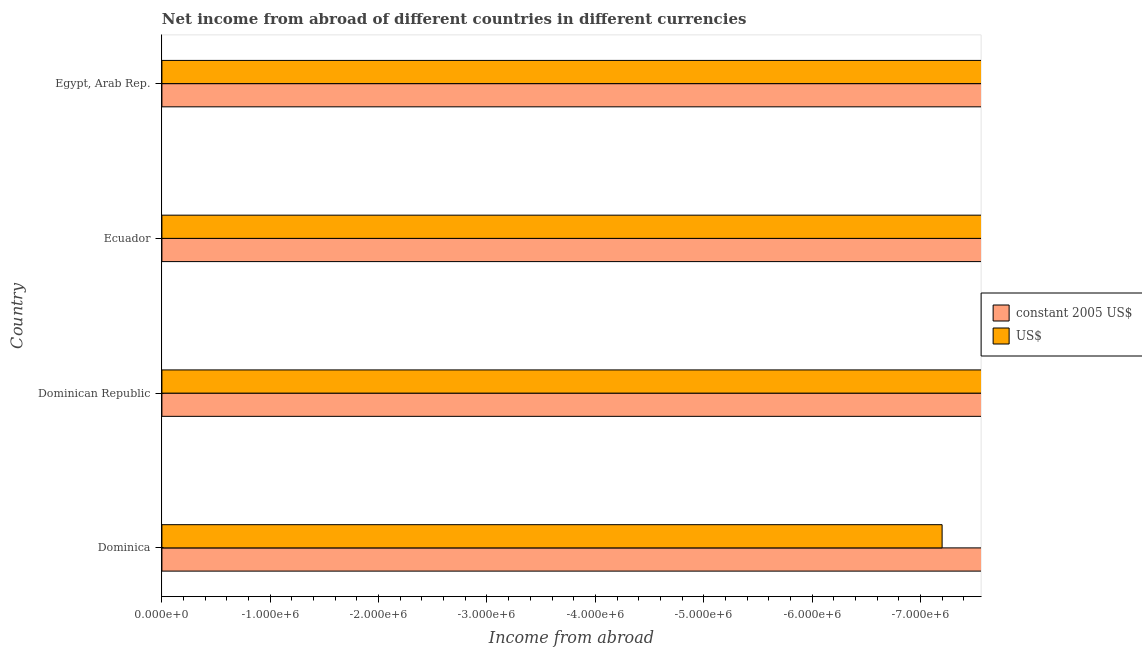
| Country | constant 2005 US$ | US$ |
 | --- | --- | --- |
 | Dominica | -1.94e+07 | -7.2e+06 |
 | Dominican Republic | -1.98e+09 | -3.13e+08 |
 | Ecuador | -1.19e+09 | -1.19e+09 |
 | Egypt, Arab Rep. | -9.87e+08 | -5.1e+08 |